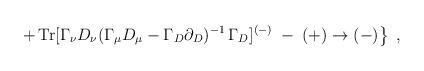
LaTeX: \begin{align*}\left. +\, {\rm Tr} [\Gamma_\nu D_\nu (\Gamma_\mu D_\mu - \Gamma_D \partial_D)^{-1} \, \Gamma_D ]^{(-)} \;-\; (+) \to (-) \right\}\;,\end{align*}